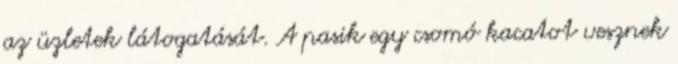
az üzletek látogatását. A pasik egy csomó kacatot vesznek